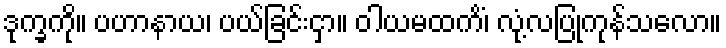
ဒုက္ခကို။ ပဟာနာယ၊ ပယ်ခြင်းငှာ။ ဝါယမထကိံ၊ လုံ့လပြုကုန်သလော။